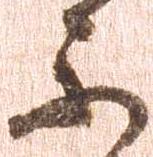
不